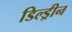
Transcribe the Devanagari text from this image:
डिल्ड्रीन